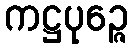
ကဋ္ဌပုဉ္ဇေ